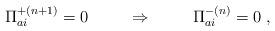
LaTeX: \begin{align*}{\Pi}^{+(n+1)}_{ai} = 0 \hspace{1cm} \Rightarrow \hspace{1cm} {\Pi}^{-(n)}_{ai} = 0 \ ,\end{align*}